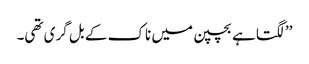
’’لگتا ہے بچپن میں ناک کے بل گری تھی۔